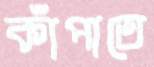
কাঁপাতে